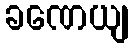
ခဏေယျ